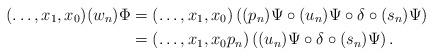
LaTeX: \begin{align*} (\ldots, x_1, x_0)(w_n) \Phi &= (\ldots, x_1, x_0) \left( (p_n) \Psi \circ (u_n) \Psi \circ \delta \circ (s_n)\Psi \right) \\ &= (\ldots, x_1, x_0p_n) \left((u_n) \Psi \circ \delta \circ (s_n)\Psi \right). \end{align*}